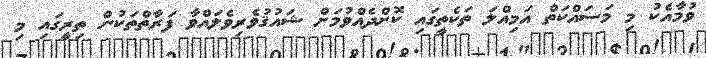
ވުމާއެކު މި މަސައްކަތް އަމިއްލަ ތަކެތީގައި ކޮށްދެއްވުމަށް ޝައުޤުވެރިވެލައްވާ ފަރާތްތަކުން ތިރީގައި މި